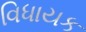
વિધાયક